Vital statistics of India. Vol. IV, Annual returns from 1871 to 1876. British Army of India, Native Army and jails of Bengal
Year: 1871
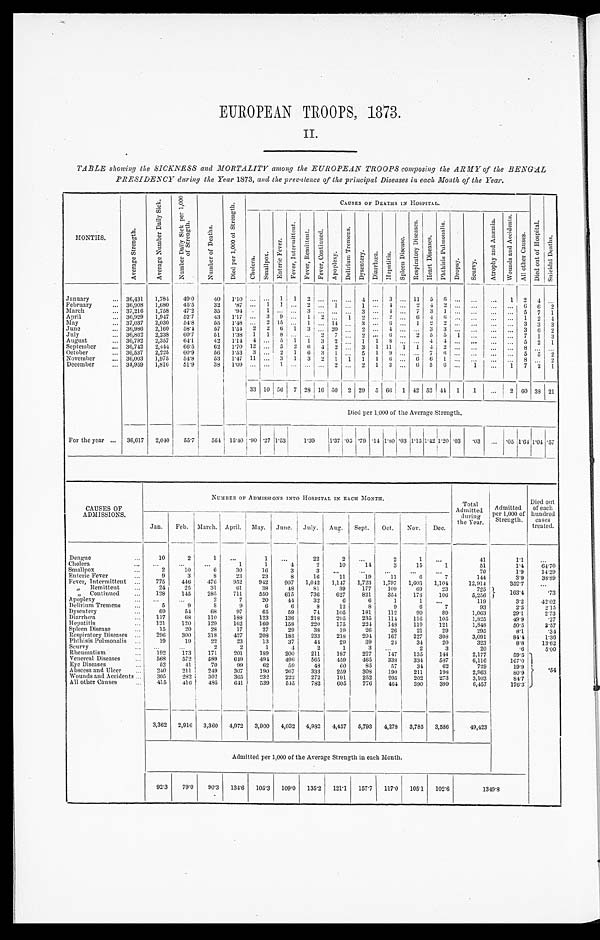
EUROPEAN TROOPS, 1873.
II.
TABLE showing the SICKNESS and MORTALITY among the EUROPEAN TROOPS composing the ARMY of the BENGAL
PRESILENCY during the Year 1873, and the prevalence of the principal Diseases in each Month of the Year.
MONTHS.
A v e r a g e .
A v e r a g e N u m b e r D a i l y S i c k .
N u m b e r D a i l y S i c k p e r 1 , 0 0 0 o f S t r e n g t h .
N u m b e r o f D e a t h s .
D i e d p e r 1 , 0 0 0 o f S t r e n g t h .
CAUSES OF DEATHS IN HOSPITAL.
D i e d o u t o f H o s p i t a l .
S u i c i d a l D e a t h s .
C h o l e r a .
S m a l l p o x .
E n t e r i c F e v e r .
F e v e r , I n t e r m i t t e n t .
F e v e r , R e m i t t e n t .
F e v e r , C o n t i n u e d .
A p o p l e x y .
D e l i r i u m T r e m e n s .
D y s e n t e r y .
D i a r r h œ a .
H e p a t i t i s .
S p l e e n D i s e a s e s .
R e s p i r a t o r y D i s e a s e s .
H e a r t D i s e a s e s .
P h t h i s i s P u l m o n a l i s .
D r o p s y .
S c u r v y .
A t r o p h y a n d A n m i æ a .
W o u n d s a n d A c c i d e n t s .
A l l o t h e r C a u s e s .
January . . . 36,431
1,784
49.0
40
1.10
. . .
. . . 1
1
2
. . .
. . .
. . .
4
. . . 3
. . . 11
5
6
. . .
. . .
. . .
1
2
4
. . .
February . . . 36,908
1,680
45.5
32
.87
. . .
1
1
...
2
. . . 1
. . . 1
. . .
. . .
. . .
2 4
2
. . .
. . .
. . .
. . . 6
6
2
March . . . 37,216
1,758
47.2
35
.94
. . .
1
. . .
. . .
3
. . .
. . .
. . . 3
. . . 4
. . .
7
3
1
. . .
. . .
. . .
. . . 5
7
1
April . . . 36,929
1,947
52.7
43
1.17
. . .
3
9
. . .
1
2
. . . 1
2
. . . 2
. . .
6
4
6
. . .
. . .
. . .
. . . 1
2
4
May . . . 37,037
2,030
54.8
55
1.48
. . .
2 15
. . .
1
. . . 14
. . . 3
. . . 6
. . .
1
2
2
. . .
. . .
. . .
. . . 3
3
3
June . . . 36,986
2,160
58.4
57
1.54 2
2
6
1
3
. . . 20
. . . 2
. . . 4
. . .
. . . 3
3
. . .
. . .
. . .
. . . 3
6
2
July . . . 36,862
2,238
60.7
51
1.38
1
1
8
. . . . . .
2
7
. . . 2
. . . 6
. . .
2
5
5
1
. . .
. . .
. . . 7
1
3
August . . . 36,792
2,357
64.1
42
1.14
4
. . . 5
1
1
3
2
. . . 1
1
8
. . .
. . .
4 4
. . .
. . .
. . .
. . . 5
2
1
September . . . 36,742
2,444
66.5
62
1.70 12
. . . 5
2
6
4
2
. . . 3
1 11
1
1
4
2
. . .
. . .
. . .
. . . 8
. . .
. . .
October . . . 36,537
2,225
60.9
56
1,53
3
. . . 2
1
6
3
1
. . . 5
1
9
. . .
. . . 7
6
. . .
. . .
. . .
. . . 5
5
2
November . . . 36,003
1,975
5.48
53
1.47 11
. . . 3
1
3
2
1
1
1
1
6
. . .
6
6
1
. . .
. . .
. . .
. . .
8
. . . 2
December . . . 34,959
1,816
51.9
38
1.09
. . .
. . .
1 . . . . . .
. . . 2
. . . 2
1 3
. . .
6
5
6
. . .
1
. . .
1
7
2
1
33
1 0 56
7 28 16 50
2 29
51 66
1 42
5 2
4 4
1
1
. . .
2
60 38
2 1
Died per 1,000 of the Average Strength.
For the year . . .
36,617
2,040
55.7
564
15.40 .90 .27 1.53
1.39
1.37
. 05
.79 .14 1.80 03 1.15
1 . 4 2
1 . 2 0
.03
.03
. . .
.05 1.64 1.04 .57
CAUSES OF
ADMISSIONS.
NUMBER OF ADMISSIONS INTO HOSPITAL IN EACH MONTH.
Total
Admitted
during
the year.
Admitted
per 1,000 of
Strength.
Died out
of each
hundred
cases
treated.
Jan.
Feb.
March. April.
May.
June.
July.
Aug.
Sept.
Oct.
Nov.
Dec.
Dengue . . .
10
2
1
. . .
1
. . .
22
2
. . .
2
1
. . .
41
1.1
. . .
Cholera . . .
. . .
. . .
. . .
1
1
4
2
10
14
3
15
1
51
1..4
64.70
Smallpox . . .
2
10
6
30
16
3
3
. . .
. . .
. . .
. . .
. . .
70
1.9
14.29
Enteric Fever . . .
9
3
8
23
23
8
16
11
19
11
6
7
144
3.9
38.89
Fever, Intermittent . . .
775
446
476
952
942
907
1,042
1,147
1,723
1,797
1,603
1,104
12,914
352.7
. . .
" Remittent . . .
24
25
31
61
38
48
81
39
177
109
69
23
7 2 5
163.4
.73
" Continued . . .
128
145
285
711
550
615
736
627
821
354
178
106
5,256
Apoplexy . . .
. . .
. . .
2
7
20
44
32
6
6
1
1
. . .
119
3.2
42.02
Delirium .Tremens . . .
5
9
8
9
6
6
8
12
8
9
6
7
93
2.5
2.15
Dysentery . . .
69
54
68
97
6 5
59
74
105
181
112
90
89
1,063
29.1
2.73
Diarrhœa . . .
117
68
110
183
123
136
218
295
235
114
116
105
1,825
49.9
.27
Hepatitis . . .
121
120
129
162
160
158
220
175
224
148
110
121
1,848
50.5
3.57
Spleen Disease . . .
15
20
28
17
27
29
38
19
26
26
21
29
295
8.1
34
Respiratory Diseases . . .
296
300
318
427
208
185
233
218
204
167
227
308
3,091
84.4
1.36
Phthisis Pulmonalis . . .
19
19
22
23
13
37
44
29
39
24
34
20
323
8.8
13.62
Scurvy . . .
. . .
. . .
2
2
1
4
2
1
3
. . .
2
3
20
.6
5.00
Rheumatism . . .
192
173
171
201
189
200
211
187
227
147
135
1.4.4
2,177
59.5
.54
Venereal Diseases . . .
568
572
589
649
494
496
565
459
465
338
334
587
6,116
167.0
Eye Diseases . . .
52
41
70
99
62
59
48
60
85
57
34
62
729
19.9
Abscess and Ulcer . . .
240
211
249
307
190
267
333
259
308
190
211
198
2,963
80.9
Wounds and Accidents . . .
305
282
302
365
232
222
272
191
252
205
202
273
3,103
84.7
All other Causes . . .
415
416
485
641
539
545
782
605
776
464
390
399
6,457
176.3
3,362
2,916
3,360
4,972
3,900
4,032
4,982
4,457
5,793
4,278
3,785
3,586
49,423
Admitted per 1,000 of the Average Strength in each Month.
92.3
79.0
90.3
134.6
105.3
109.0
135.2
121.1
157.7
117.0
105.1
102.6
1349.8